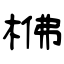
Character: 梻